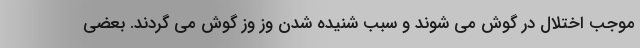
موجب اختلال در گوش می شوند و سبب شنیده شدن وز وز گوش می گردند. بعضی